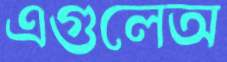
এগুলেঅ